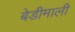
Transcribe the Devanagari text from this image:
बेडीमाली